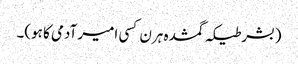
(بشرطیکہ گمشدہ ہرن کسی امیر آدمی کا ہو)۔